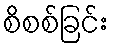
စိစစ်ခြင်း